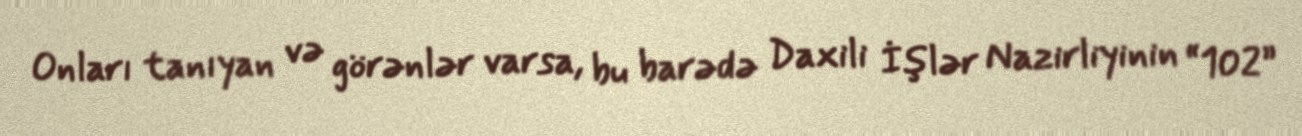
Onları tanıyan və görənlər varsa, bu barədə Daxili İşlər Nazirliyinin “102”